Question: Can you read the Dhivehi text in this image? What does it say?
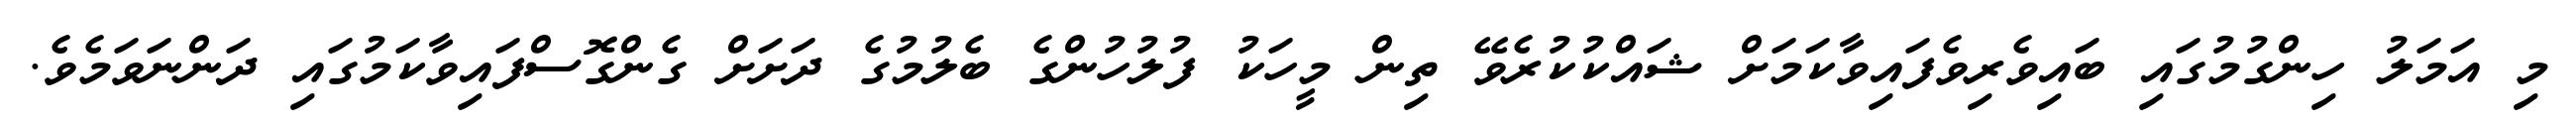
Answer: މި އަމަލު ހިންގުމުގައި ބައިވެރިވެފައިވާކަމަށް ޝައްކުކުރެވޭ ތިން މީހަކު ފުލުހުންގެ ބެލުމުގެ ދަށަށް ގެންގޮސްފައިވާކަމުގައި ދަންނަވަމެވެ.